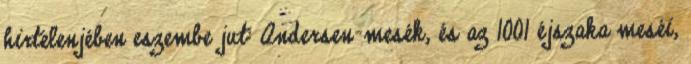
hirtelenjében eszembe jut: Andersen-mesék, és az 1001 éjszaka meséi,